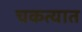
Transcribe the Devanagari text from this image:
चकत्यात